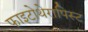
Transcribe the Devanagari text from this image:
फाइटोथेरापिस्ट